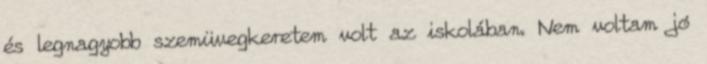
és legnagyobb szemüvegkeretem volt az iskolában. Nem voltam jó